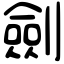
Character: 劍